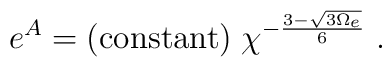
e^A = ({\rm constant}) \; \chi^{- \frac{3 - \sqrt{3 \Omega_e}}{6}} \; .